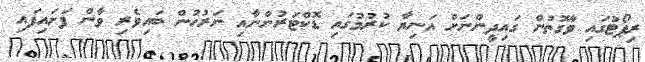
ރިޕޯޓުގައި ވާގޮތުން ގައިދީންނަށް އަނިޔާ ކުރުމުގައި ޑޮކްޓަރުންނާއި ނަރުހުން ބައިވެރި ވާން ފަށައިފައި